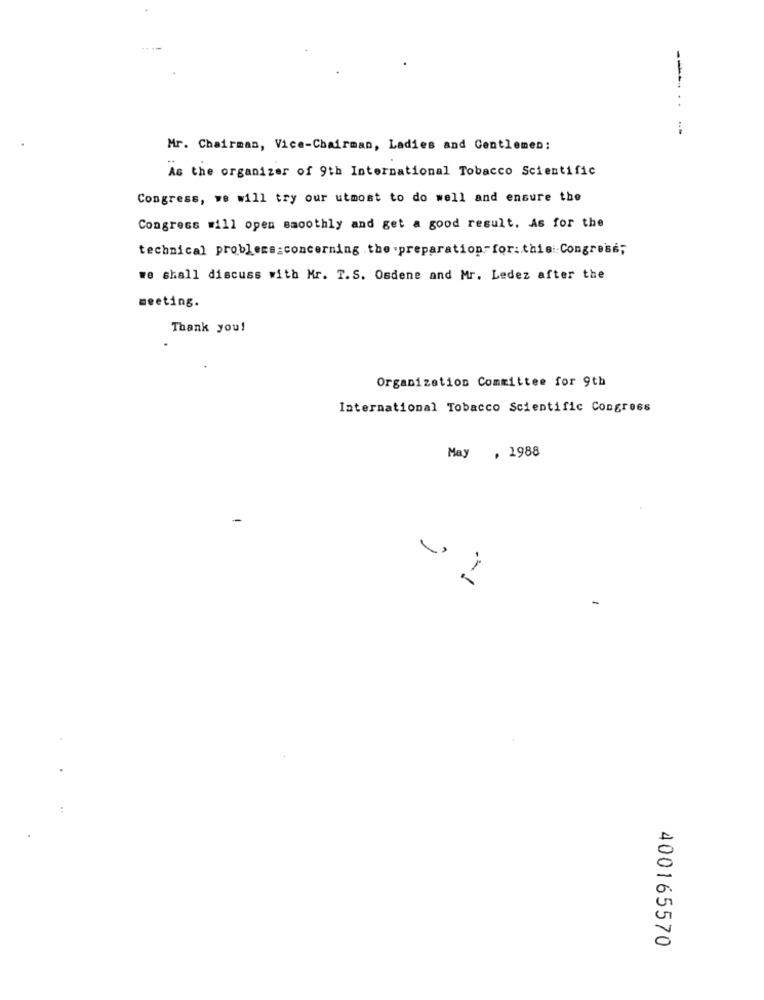
---...
Mr. Chairman, Vice-Chairman, Ladies and Gentlemen:
As the organizer of 9th International Tobacco Scientific
Congress, we will try our utmost to do well and ensure the
Congress will open smoothly and get a good result. As for the
technical problems_concerning the .preparation- for :. this: Congress;
we shall discuss with Mr. T.S. Osdene and Mr. Ledez after the
meeting.
Thank you!
Organization Committee for 9th
International Tobacco Scientific Congress
May , 1988
400165570